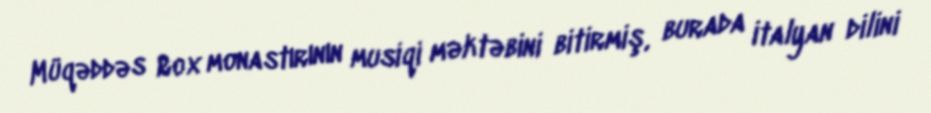
Müqəddəs Rox monastırının musiqi məktəbini bitirmiş, burada italyan dilini